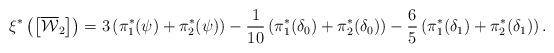
LaTeX: \begin{align*}\xi^* \left( \left[\overline{\mathcal{W}}_2 \right]\right) = 3 \left( \pi_1^*(\psi) + \pi_2^*(\psi) \right) - \frac{1}{10}\left(\pi_1^*(\delta_0) + \pi_2^*(\delta_{0})\right) - \frac{6}{5} \left(\pi_1^*(\delta_{1}) + \pi_2^*(\delta_{1})\right). \end{align*}